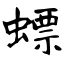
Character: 螵